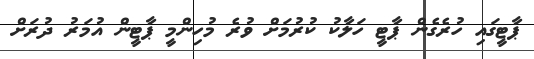
ޕާޓީގައި ހުރެގެން ޕާޓީ ހަލާކު ކުރުމަށް ވުރެ މުހިންމީ ޕާޓީން އުމަރު ދުރަށް